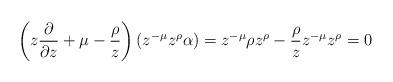
LaTeX: \begin{align*} \left (z \frac{\partial}{\partial z} + \mu - \frac{\rho}{z} \right) (z^{-\mu}z^\rho \alpha) &=z^{-\mu} \rho z^\rho - \frac{\rho}{z}z^{-\mu}z^\rho =0 \end{align*}